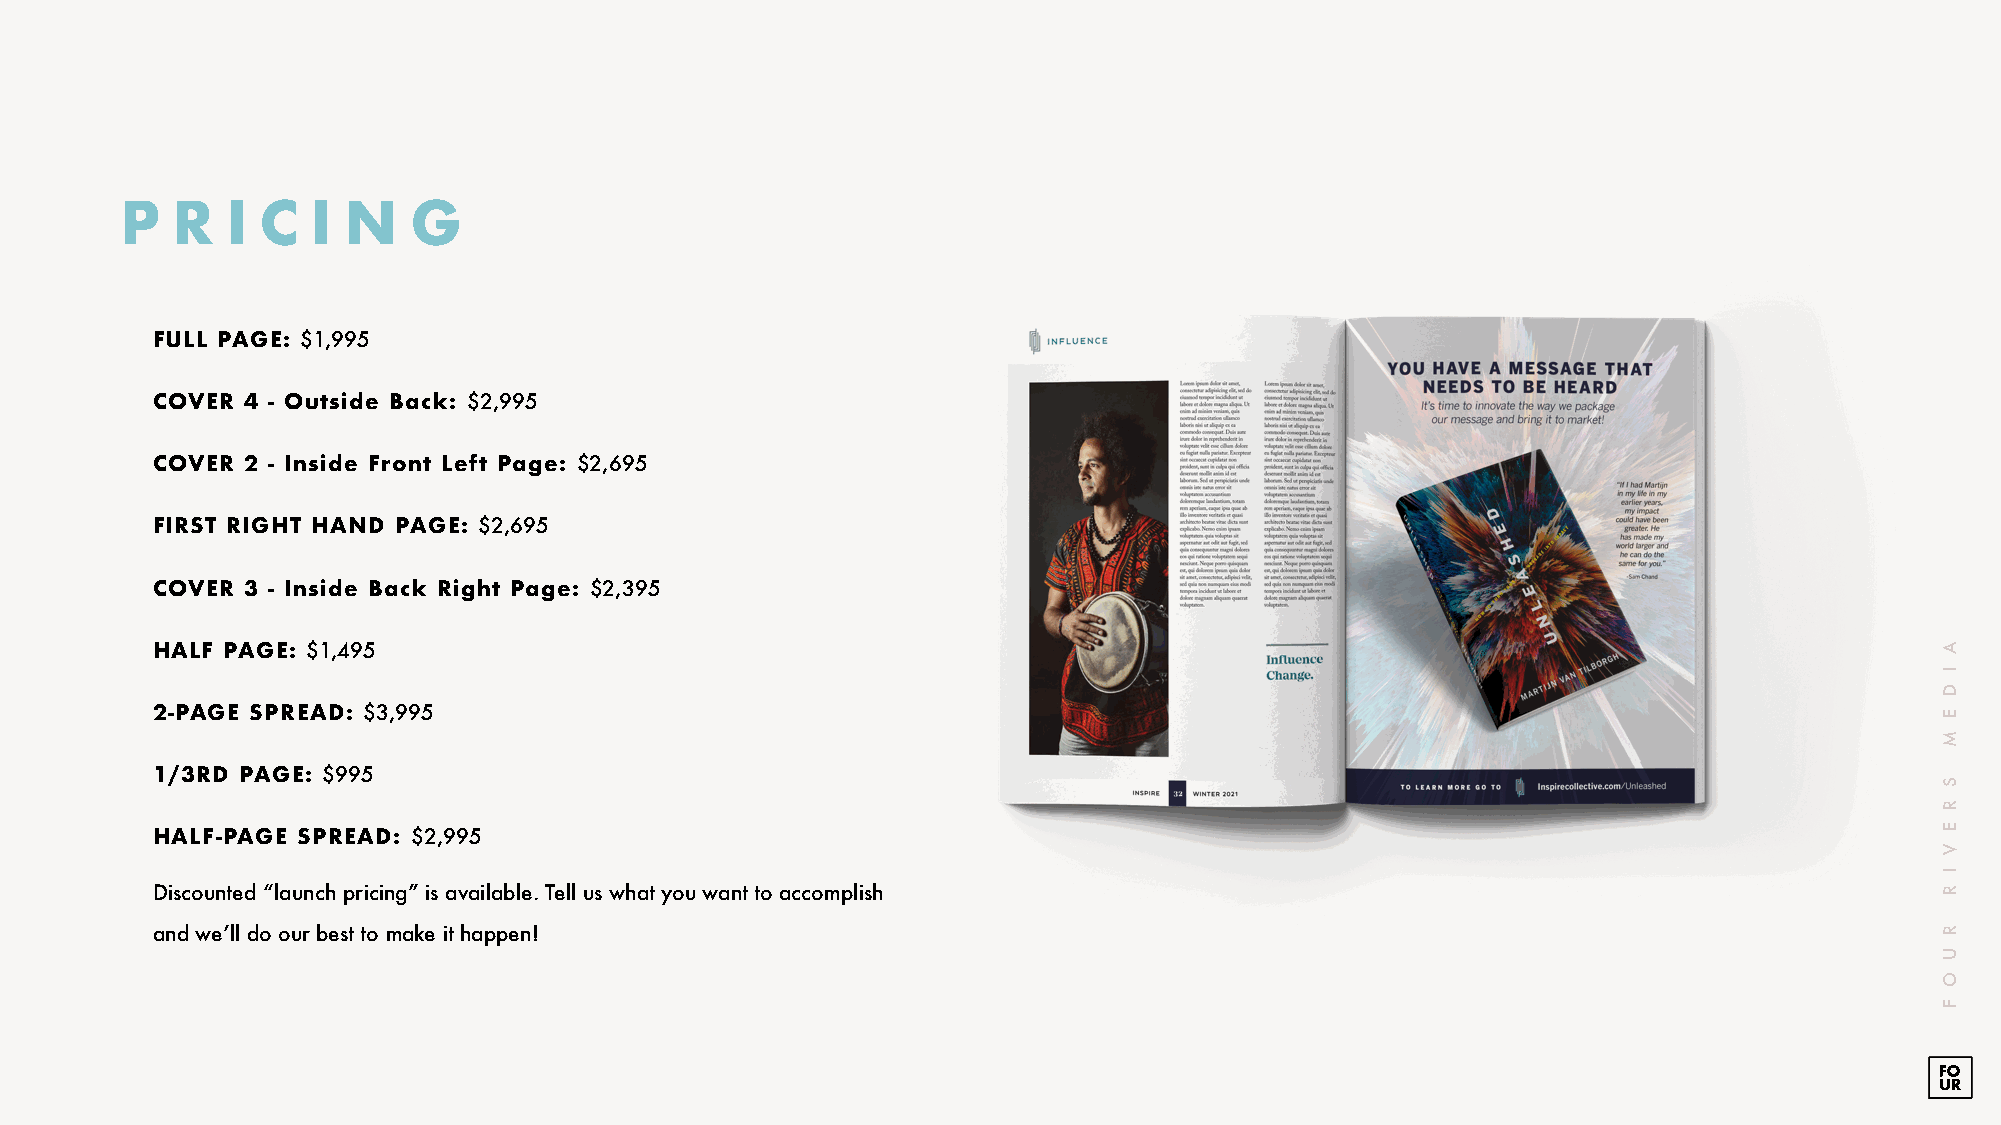
P  R   I C   I N   G
 FULL PAGE: $1,995
 COVER 4 - Outside Back: $2,995
 COVER 2 - Inside Front Left Page: $2,695
 FIRST RIGHT HAND PAGE: $2,695
 COVER 3 - Inside Back Right Page: $2,395
 HALF PAGE: $1,495
 2-PAGE SPREAD: $3,995
 1/3RD PAGE: $995
 HALF-PAGE SPREAD: $2,995
 Discounted “launch pricing” is available. Tell us what you want to accomplish
 and we’ll do our best to make it happen!
 A
 I
 D
 E
 M
 S
 R
 E
 V
 I
 R
 R
 U
 O
 F